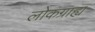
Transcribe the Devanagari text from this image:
लोकग्राह्य